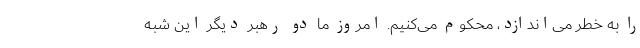
را به خطر می‌اندازد، محکوم می‌کنیم. امروز ما دو رهبر دیگر این شبه